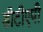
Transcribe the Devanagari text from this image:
डीटीएपी